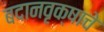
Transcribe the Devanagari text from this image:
बदानवृक्षाचे